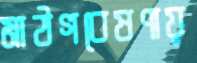
মাঠগবেষণায়